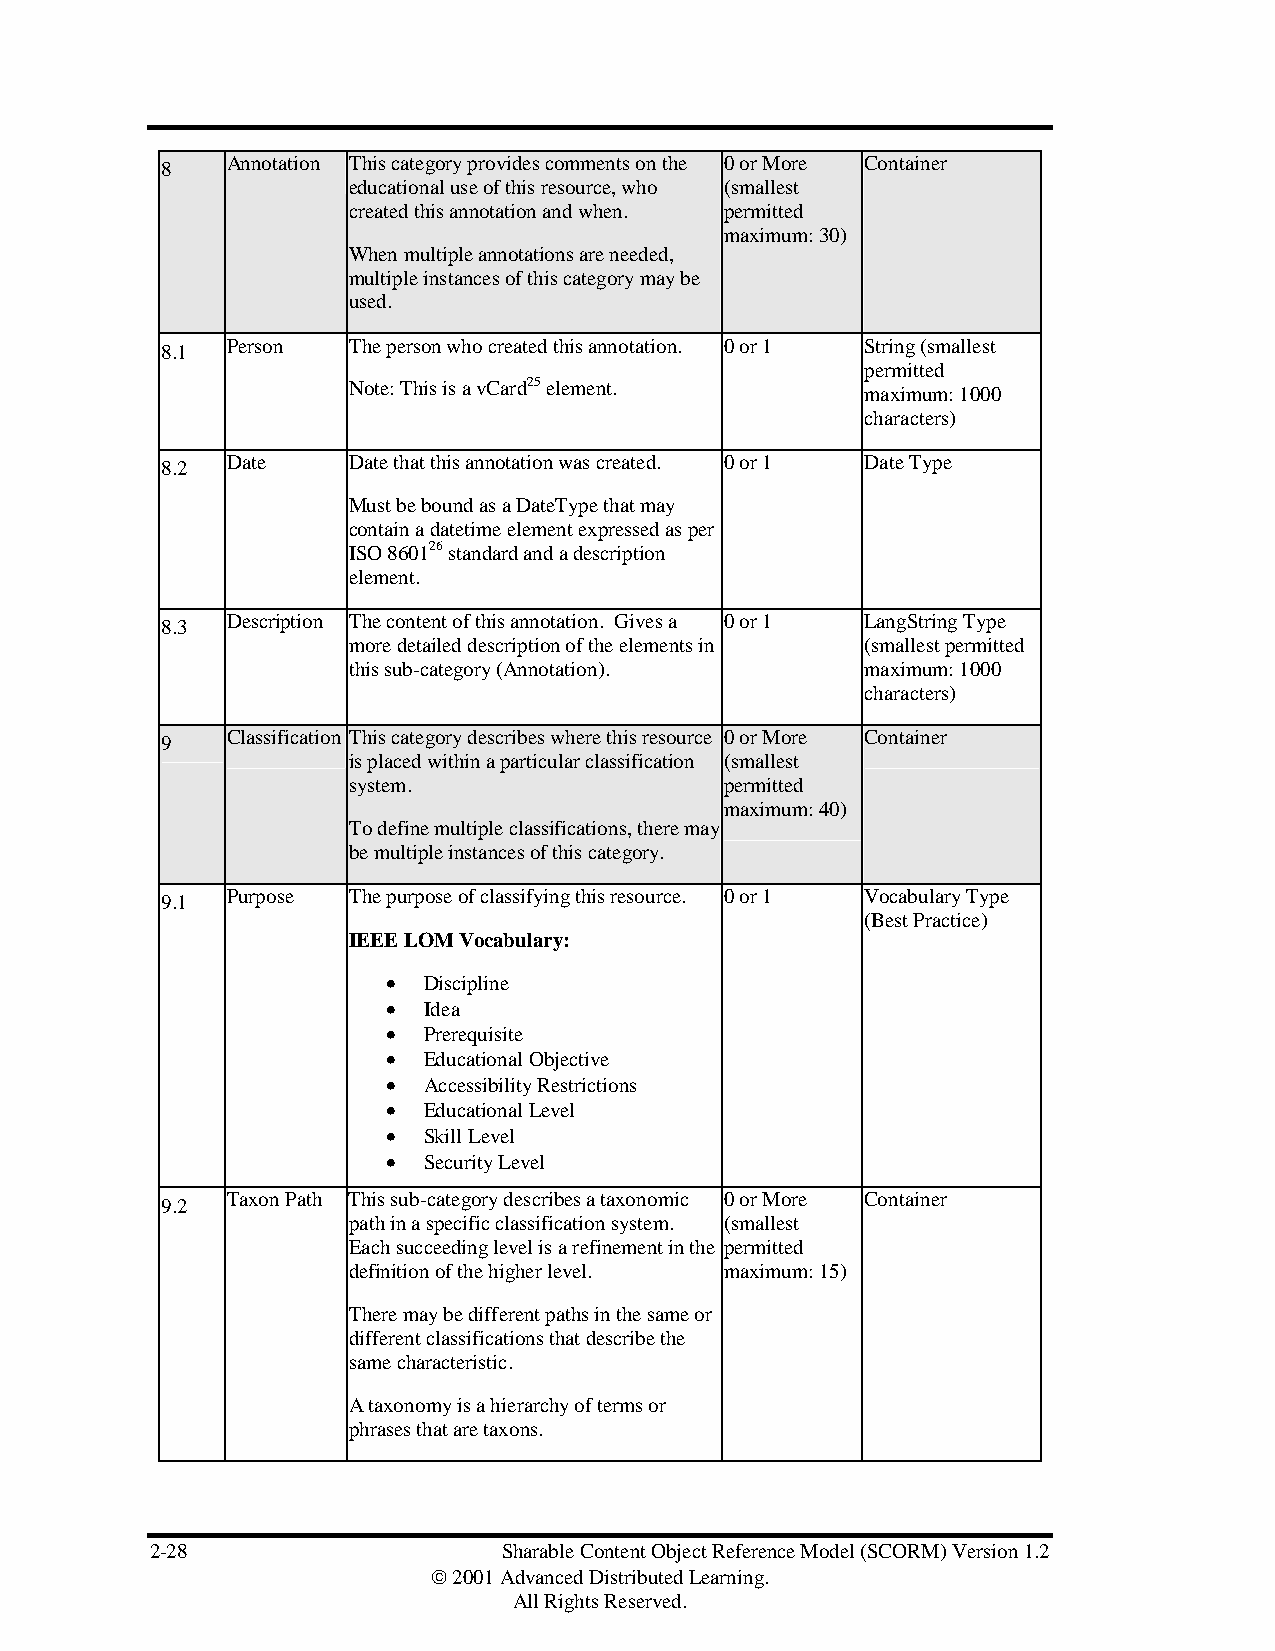
Annotation This category provides comments on the 0 or More Container
 8
 educational use of this resource, who (smallest
 created this annotation and when. permitted
 maximum: 30)
 When multiple annotations are needed,
 multiple instances of this category may be
 used.
 Person  The person who created this annotation. 0 or 1 String (smallest
 8.1
 permitted
 Note: This is a vCard25 element.  maximum: 1000
 characters)
 Date    Date that this annotation was created. 0 or 1 Date Type
 8.2
 Must be bound as a DateType that may
 contain a datetime element expressed as per
 ISO 860126 standard and a description
 element.
 Description The content of this annotation. Gives a 0 or 1 LangString Type
 8.3
 more detailed description of the elements in (smallest permitted
 this sub-category (Annotation).   maximum: 1000
 characters)
 Classification This category describes where this resource 0 or More Container
 9
 is placed within a particular classification (smallest
 system.                  permitted
 maximum: 40)
 To define multiple classifications, there may
 be multiple instances of this category.
 Purpose The purpose of classifying this resource. 0 or 1 Vocabulary Type
 9.1
 (Best Practice)
 IEEE LOM Vocabulary:
 • Discipline
 • Idea
 • Prerequisite
 • Educational Objective
 • Accessibility Restrictions
 • Educational Level
 • Skill Level
 • Security Level
 Taxon Path This sub-category describes a taxonomic 0 or More Container
 9.2
 path in a specific classification system. (smallest
 Each succeeding level is a refinement in the permitted
 definition of the higher level. maximum: 15)
 There may be different paths in the same or
 different classifications that describe the
 same characteristic.
 A taxonomy is a hierarchy of terms or
 phrases that are taxons.
 2-28                   Sharable Content Object Reference Model (SCORM) Version 1.2
  2001 Advanced Distributed Learning.
 All Rights Reserved.